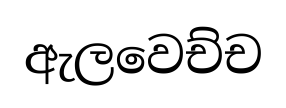
ඇලවෙච්ච